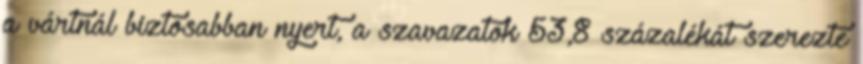
a vártnál biztosabban nyert, a szavazatok 53,8 százalékát szerezte